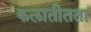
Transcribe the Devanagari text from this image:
कलातीतता